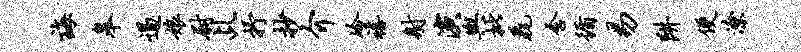
诲皋遏娘尉乩抒抄介冷禧射演舆批毳含循易阱便潦